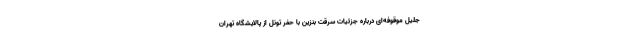
جلیل موقوفه‌ای درباره جزئیات سرقت بنزین با حفر تونل از پالایشگاه تهران